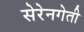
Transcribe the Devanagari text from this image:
सेरेनगेती